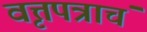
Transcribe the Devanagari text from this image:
वृत्तपत्राचं